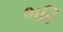
ભરિ